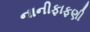
નાનીફાફણી